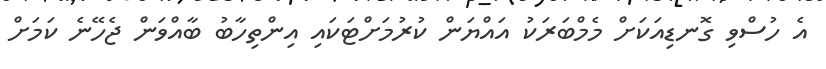
އެ ހުސްވި ގޮނޑިއަކަށް މެމްބަރަކު އައްޔަން ކުރުމަށްޓަކައި އިންތިހާބު ބާއްވަން ޖެހޭނެ ކަމަށް